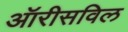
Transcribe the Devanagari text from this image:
ऑरीसविल